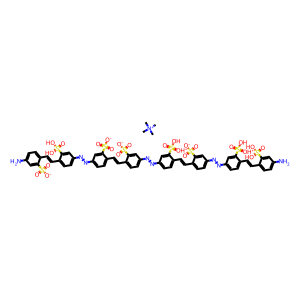
SMILES: C[N+](C)(C)C.Nc1ccc(C=Cc2ccc(N=Nc3ccc(C=Cc4ccc(N=Nc5ccc(C=Cc6ccc(N=Nc7ccc(C=Cc8ccc(N)cc8S(=O)(O)=[OH+])c(S(=O)(O)=[OH+])c7)cc6S(=O)(=O)[O-])c(S(=O)(O)=[OH+])c5)cc4S(=O)(=O)[O-])c(S(=O)(=O)[O-])c3)cc2S(=O)(O)=[OH+])c(S(=O)(=O)[O-])c1
Inhibits HIV replication: Yes